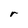
Character: r